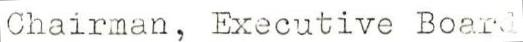
Chairman, Executive Board